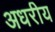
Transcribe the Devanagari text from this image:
अधरीय